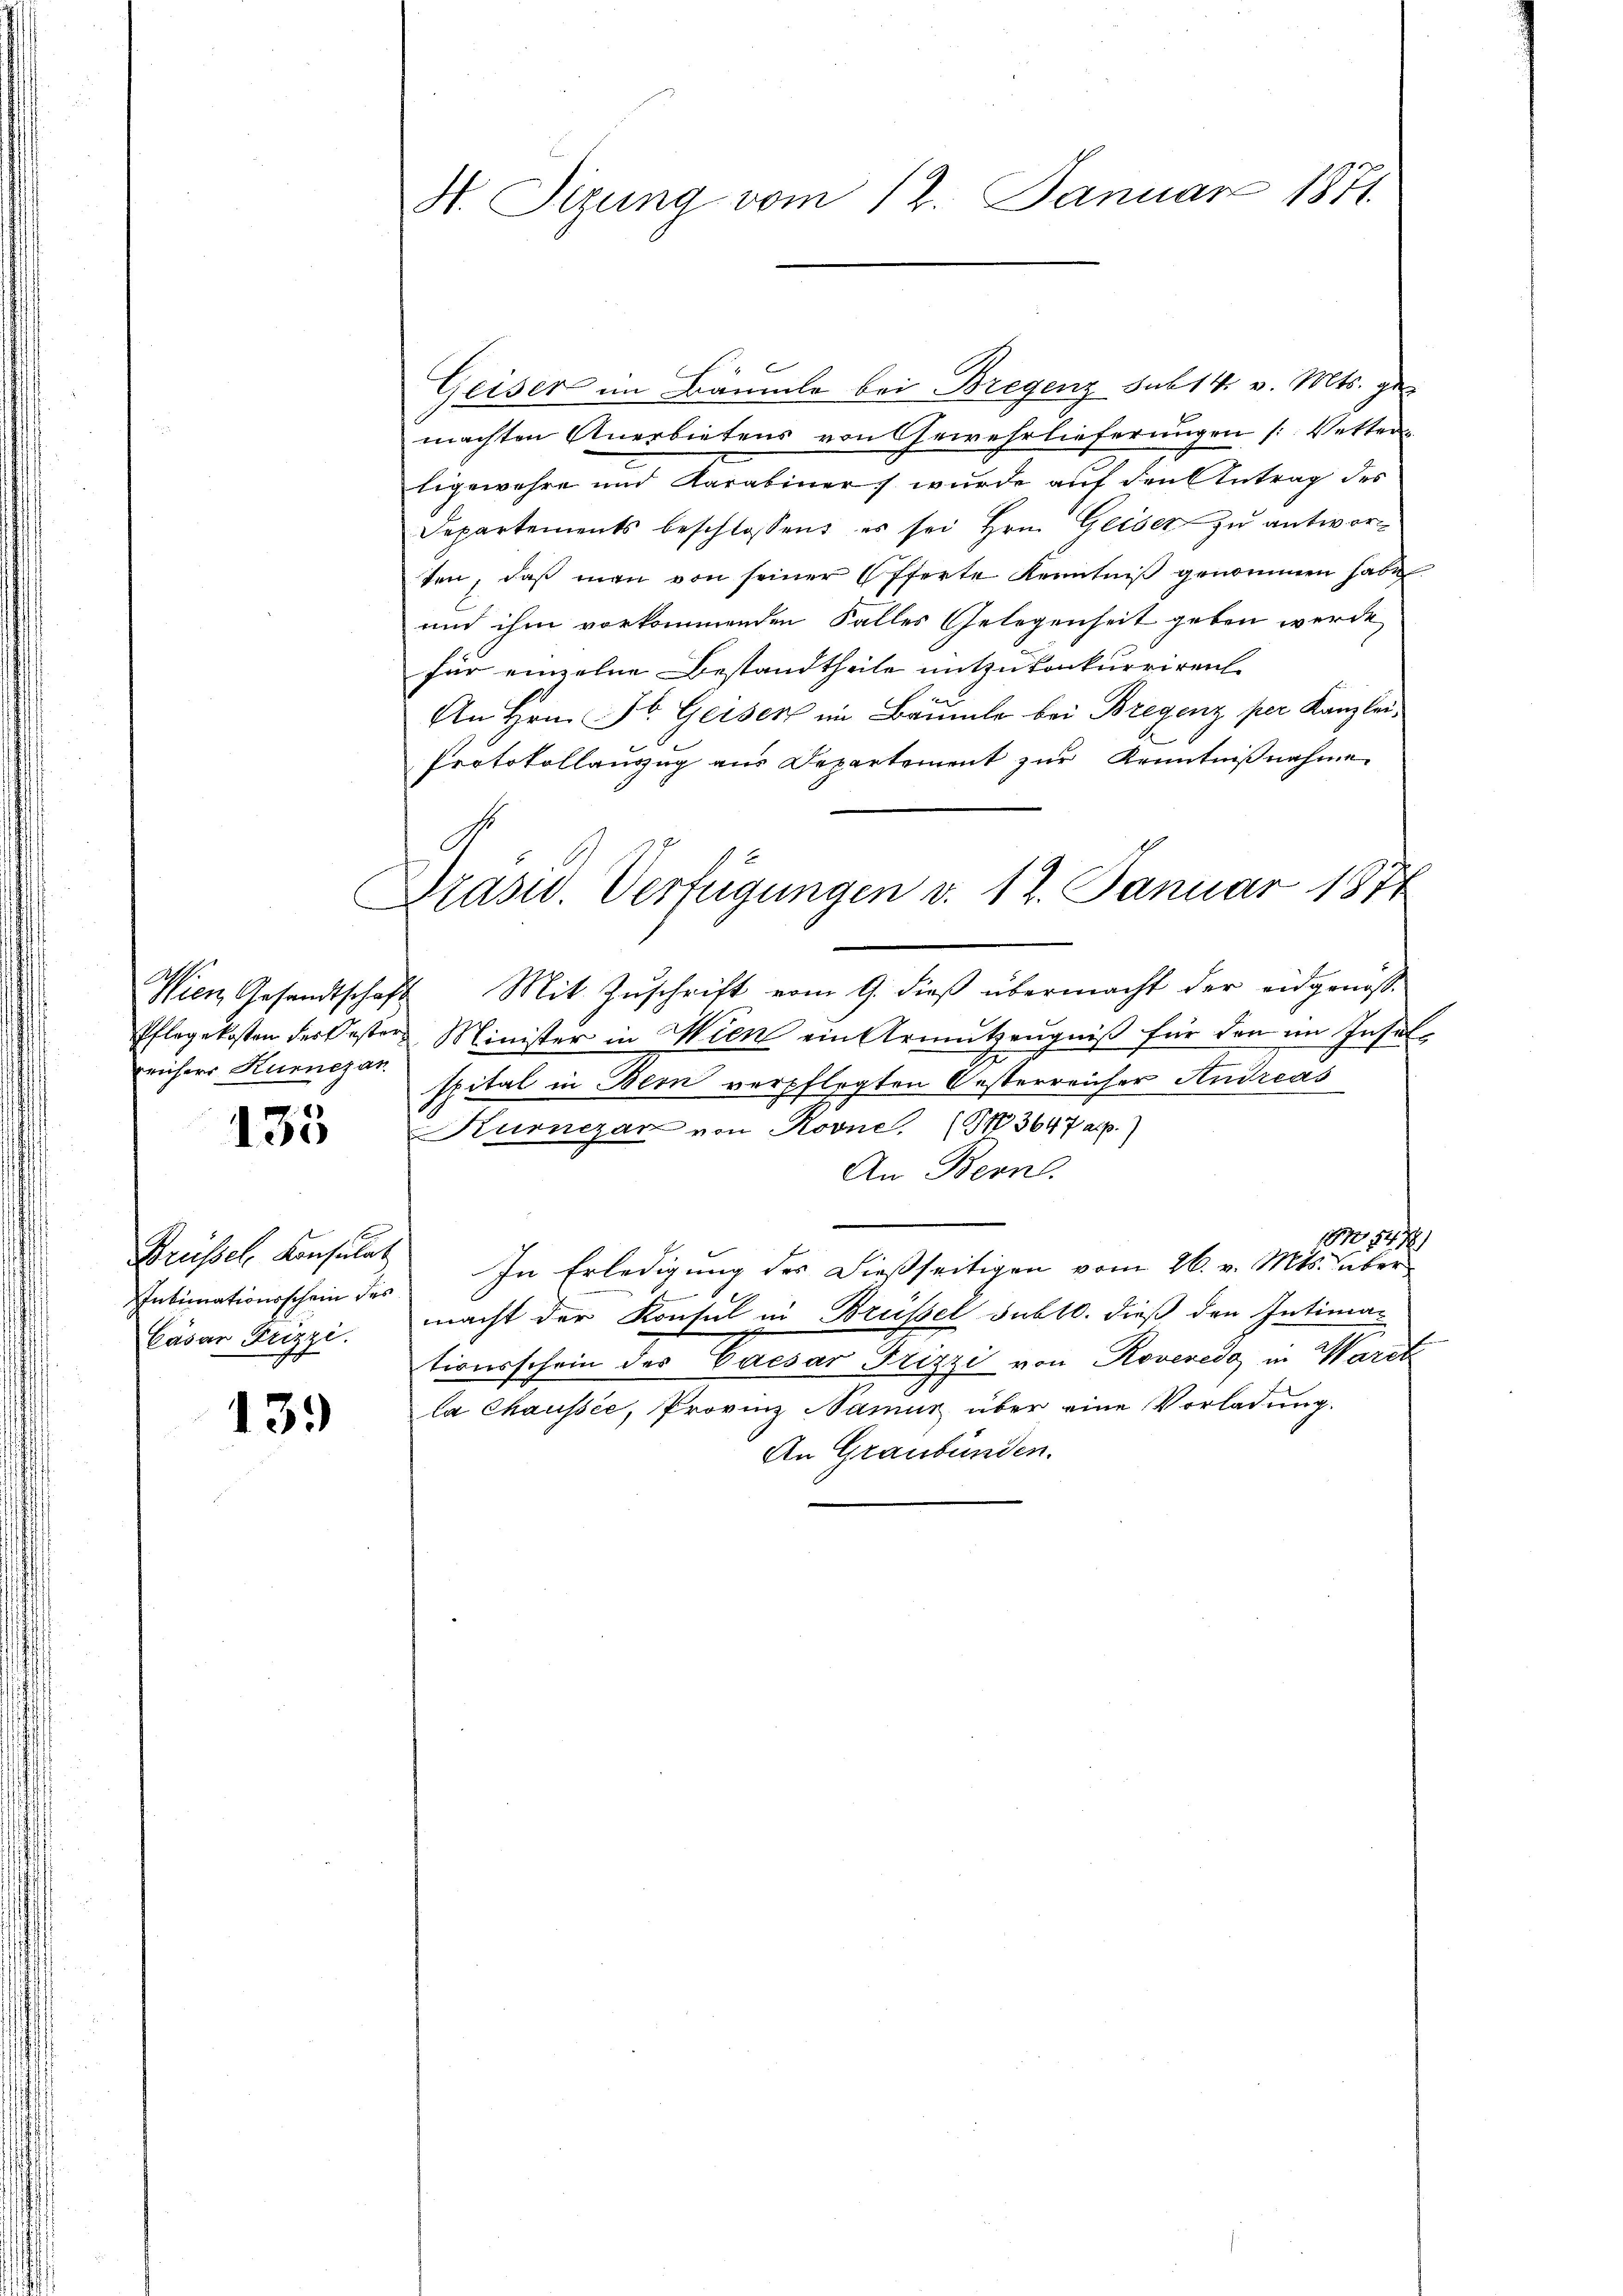
.
früher Kurnezan

133

Brüssel, Konsulat
Cäsar Frizzi.

139

H. Sitzung vom 12. Januar 1871.

Präsid. Verfügungen v. 12. Januar 1874

Geiser im Bäumle bei Bregenz sub 14. v. Mts. ge
machten Anerbietens von Gewehrlieferungen [Vetten
ligewahre und Karabiner wurde auf den Antrag des
Departements beschlossen es sei Hrn. Geiser zu antworten, daβ man von seiner Offerte Kenntniβ genommen habe
und ihm vorkommenden Falles Gelegenheit geben werde
für einzelne Bestandtheile mitzukonkurriren
An Hrn. F. Geisen im Bäumle bei Bregenz per Kanzlei¬
Protokollauszug aus Departement zur Kenntnißnahme
Nien Gesandtschaft Mit Zŭschrift vom 9. dieβ übermacht der eidgenoss
Pflegekosten der Oester Minister in Wien ein Armutzeŭgniβ für den im Insel-
spital in Bern verpflegten Oesterreicher Andreas
Kurnezar von Rovne. (S. 3647 alp.)
An Bern.
181547
Intimationsschein des In Erledigŭng des dießseitigen vom 26. v. Mts. über
macht der Konsul in Brüssel subtl. dieß den Intimationsschein des Caesar Frizzi von Roveredo in Waret
la Chaussée, Provinz Namus über eine Vorladung.
An Graubünden.